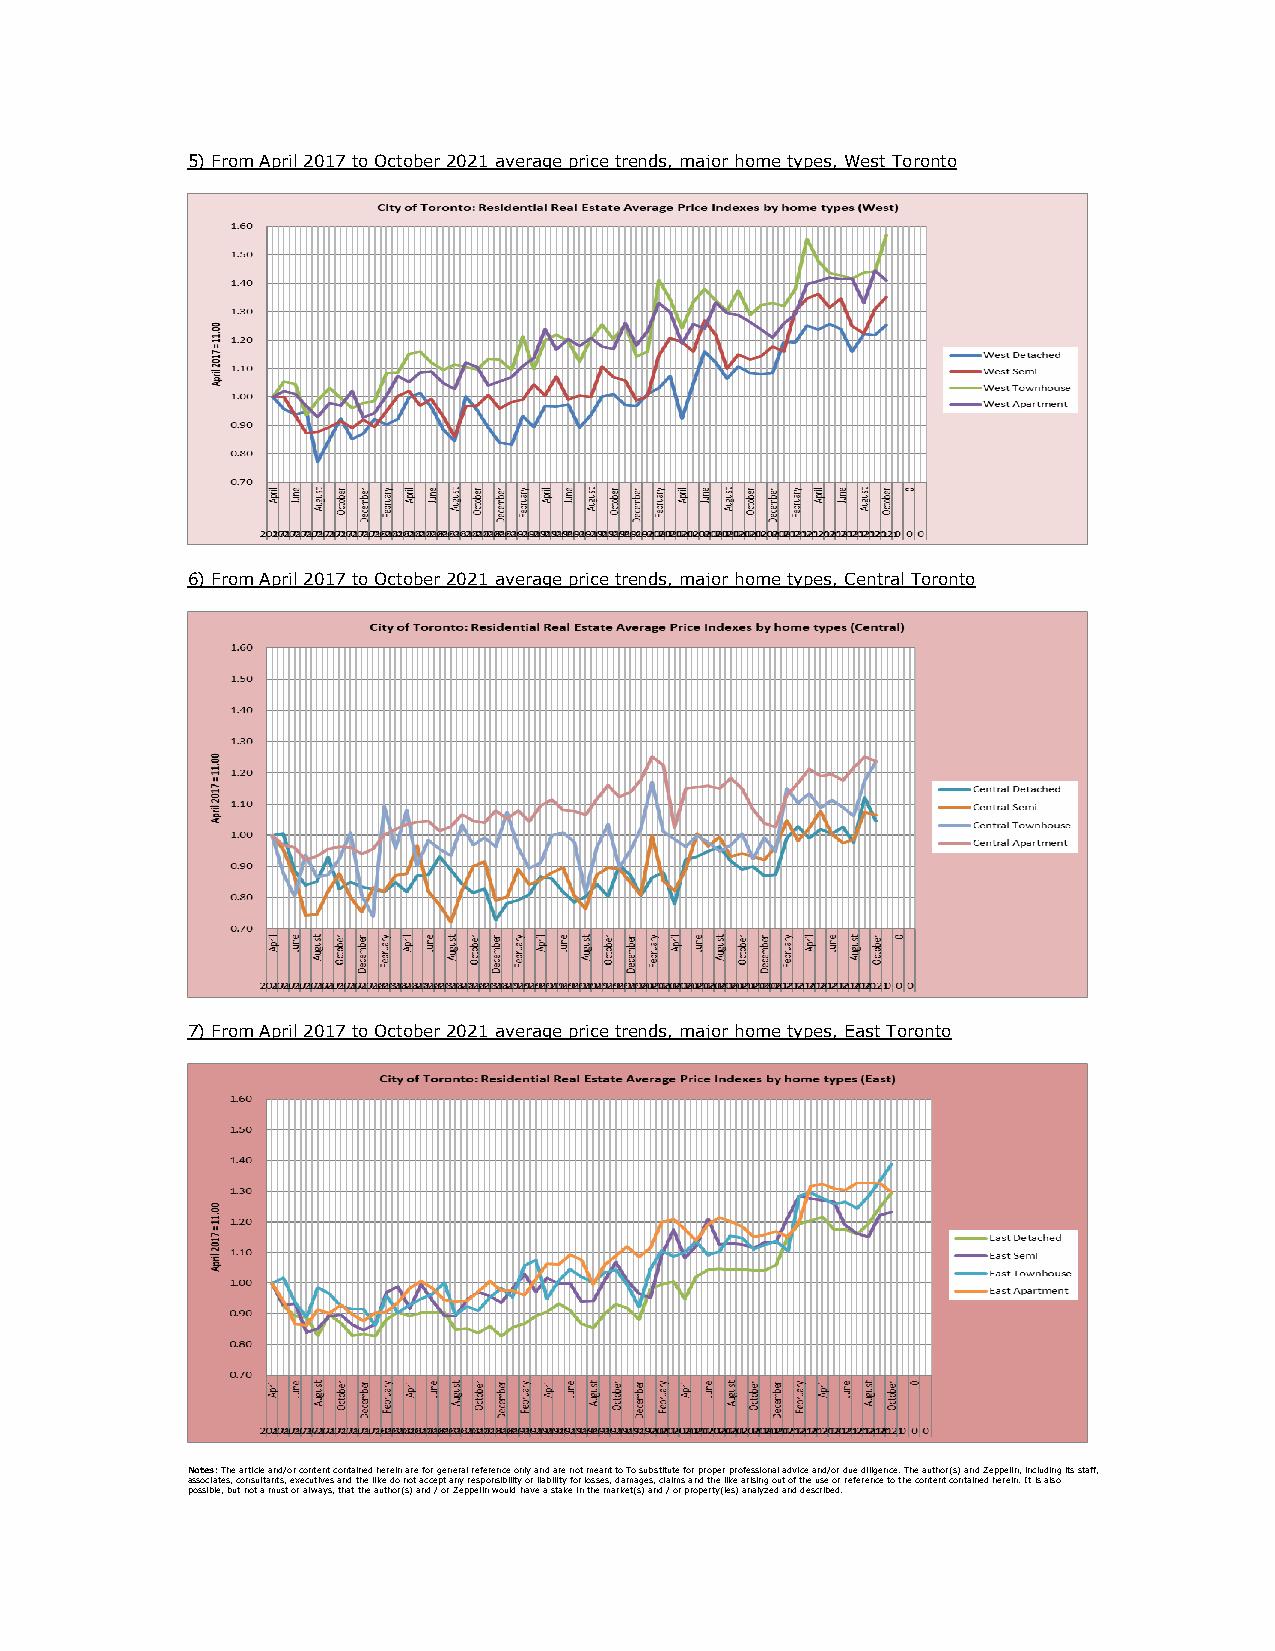
5) From April 2017 to October 2021 average price trends, major home types, West Toronto
 6) From April 2017 to October 2021 average price trends, major home types, Central Toronto
 7) From April 2017 to October 2021 average price trends, major home types, East Toronto
 Notes: The article and/or content contained herein are for general reference only and are not meant to To substitute for proper professional advice and/or due diligence. The author(s) and Zeppelin, including its staff,
 associates, consultants, executives and the like do not accept any responsibility or liability for losses, damages, claims and the like arising out of the use or reference to the content contained herein. It is also
 possible, but not a must or always, that the author(s) and / or Zeppelin would have a stake in the market(s) and / or property(ies) analyzed and described.